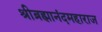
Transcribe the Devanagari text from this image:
श्रीब्रह्मानंदमहाराज